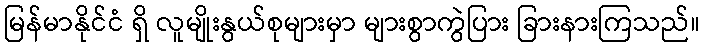
မြန်မာနိုင်ငံ ရှိ လူမျိုးနွယ်စုများမှာ များစွာကွဲပြား ခြားနားကြသည်။